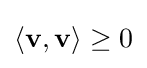
\langle \mathbf {v} ,\mathbf {v} \rangle \geq 0